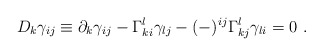
\begin{align*}D_k \gamma_{ij} \equiv \partial_k \gamma_{ij} - \Gamma^l_{ki}\gamma_{lj}- (-)^{ij}\Gamma^l_{kj}\gamma_{li} = 0 \ .\end{align*}